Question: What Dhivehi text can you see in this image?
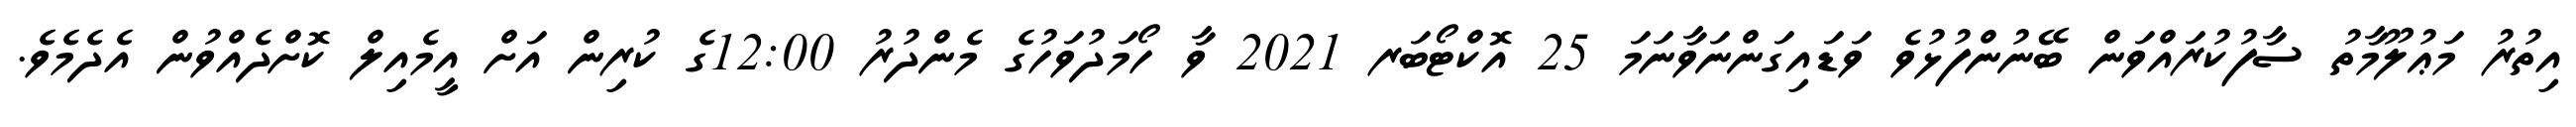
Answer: އިތުރު މަޢުލޫމާތު ސާފުކުރައްވަން ބޭނުންފުޅުވެ ވަޑައިގަންނަވާނަމަ 25 އޮކްޓޯބަރ 2021 ވާ ހޯމަދުވަހުގެ މެންދުރު 12:00ގެ ކުރިން އަށް އީމެއިލް ކޮށްދެއްވުން އެދެމެވެ.